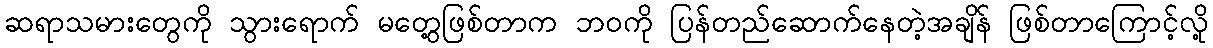
ဆရာသမားတွေကို သွားရောက် မတွေ့ဖြစ်တာက ဘဝကို ပြန်တည်ဆောက်နေတဲ့အချိန် ဖြစ်တာကြောင့်လို့